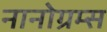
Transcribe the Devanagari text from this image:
नानोग्रम्स